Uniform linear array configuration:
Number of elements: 4
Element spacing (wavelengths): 0.5
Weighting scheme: binomial
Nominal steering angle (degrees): -45
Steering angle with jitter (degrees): -44.967
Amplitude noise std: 0.05
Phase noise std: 0.05

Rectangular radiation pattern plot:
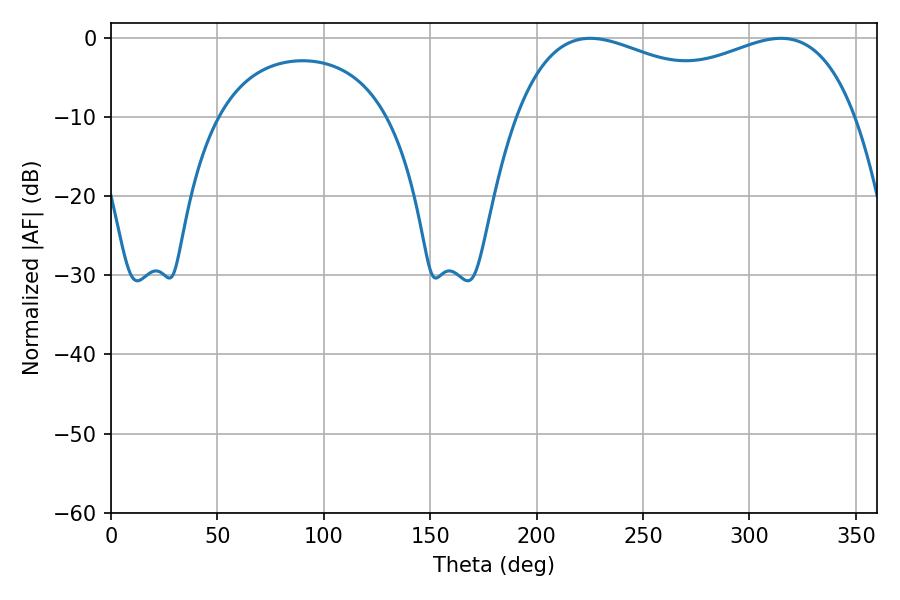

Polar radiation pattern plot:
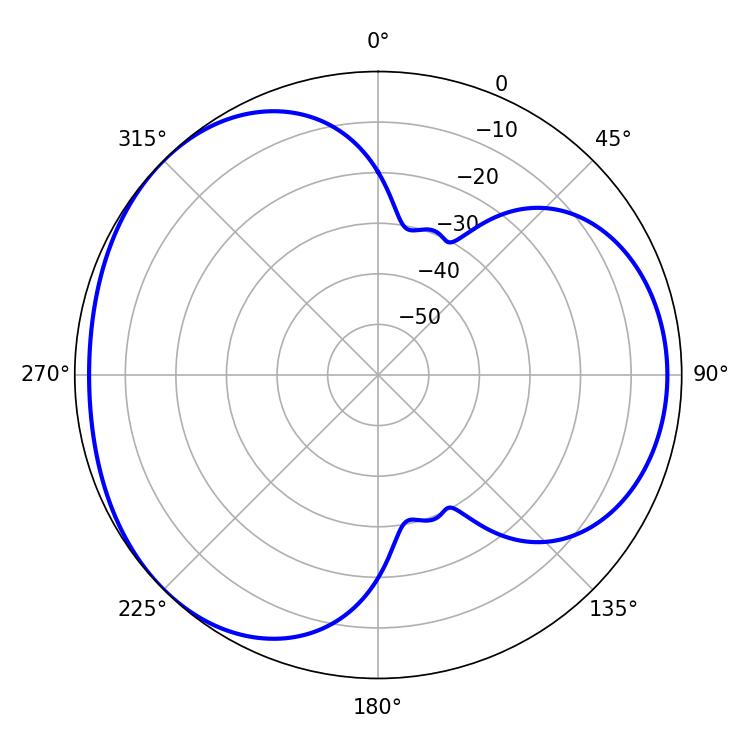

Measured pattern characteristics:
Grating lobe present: FALSE
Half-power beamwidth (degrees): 131.76
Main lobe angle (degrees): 225.18